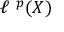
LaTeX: \ell ^ { \ p } ( X )